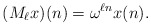
\begin{align*} (M_\ell x)(n) = \omega^{\ell n} x(n).\end{align*}